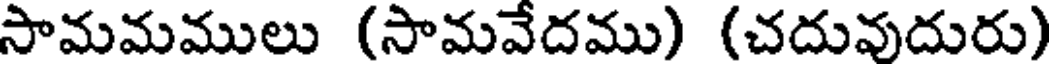
సామమములు (సామవేదము) (చదువుదురు)